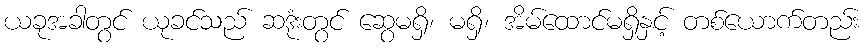
ယခုအခါတွင် ယုခင်သည် ဆဒုံးတွင် ဆွေမရှိ၊ မရှိ၊ အိမ်ထောင်မရှိနှင့် တစ်ယောက်တည်း